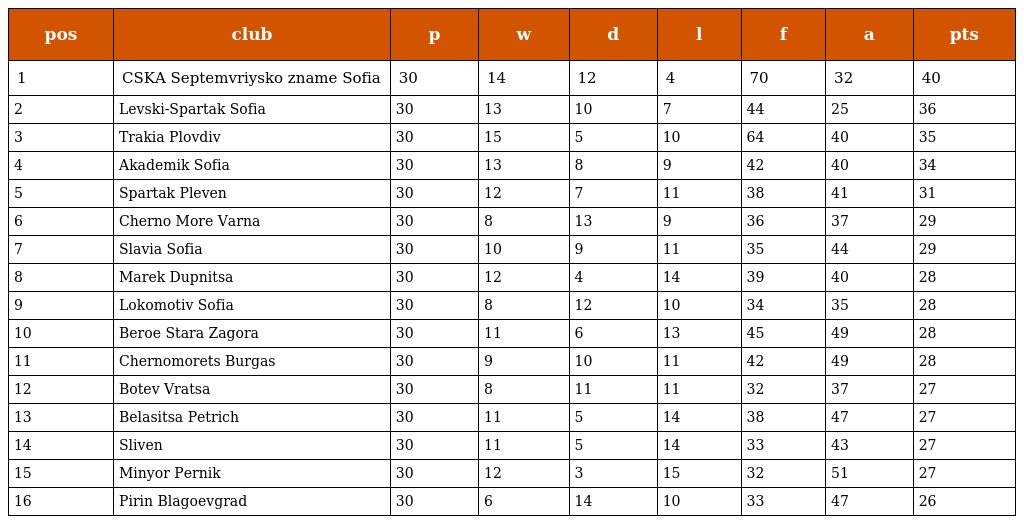
| pos | club | p | w | d | l | f | a | pts |
 | --- | --- | --- | --- | --- | --- | --- | --- | --- |
 | 1 | CSKA Septemvriysko zname Sofia | 30 | 14 | 12 | 4 | 70 | 32 | 40 |
 | 2 | Levski-Spartak Sofia | 30 | 13 | 10 | 7 | 44 | 25 | 36 |
 | 3 | Trakia Plovdiv | 30 | 15 | 5 | 10 | 64 | 40 | 35 |
 | 4 | Akademik Sofia | 30 | 13 | 8 | 9 | 42 | 40 | 34 |
 | 5 | Spartak Pleven | 30 | 12 | 7 | 11 | 38 | 41 | 31 |
 | 6 | Cherno More Varna | 30 | 8 | 13 | 9 | 36 | 37 | 29 |
 | 7 | Slavia Sofia | 30 | 10 | 9 | 11 | 35 | 44 | 29 |
 | 8 | Marek Dupnitsa | 30 | 12 | 4 | 14 | 39 | 40 | 28 |
 | 9 | Lokomotiv Sofia | 30 | 8 | 12 | 10 | 34 | 35 | 28 |
 | 10 | Beroe Stara Zagora | 30 | 11 | 6 | 13 | 45 | 49 | 28 |
 | 11 | Chernomorets Burgas | 30 | 9 | 10 | 11 | 42 | 49 | 28 |
 | 12 | Botev Vratsa | 30 | 8 | 11 | 11 | 32 | 37 | 27 |
 | 13 | Belasitsa Petrich | 30 | 11 | 5 | 14 | 38 | 47 | 27 |
 | 14 | Sliven | 30 | 11 | 5 | 14 | 33 | 43 | 27 |
 | 15 | Minyor Pernik | 30 | 12 | 3 | 15 | 32 | 51 | 27 |
 | 16 | Pirin Blagoevgrad | 30 | 6 | 14 | 10 | 33 | 47 | 26 |